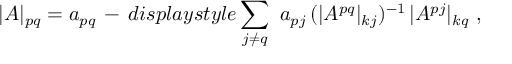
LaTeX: | A | _ { p q } = a _ { p q } \, - \, d i s p l a y s t y l e \sum _ { j \not = q } \ a _ { p j } \, ( | A ^ { p q } | _ { k j } ) ^ { - 1 } \, | A ^ { p j } | _ { k q } \ ,